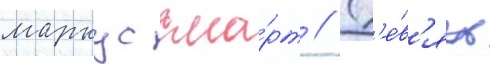
маркус сма́рт // Д'е́в'ять